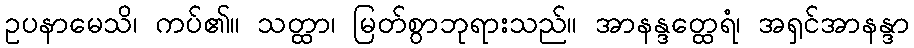
ဥပနာမေသိ၊ ကပ်၏။ သတ္ထာ၊ မြတ်စွာဘုရားသည်။ အာနန္ဒတ္ထေရံ၊ အရှင်အာနန္ဒာ